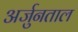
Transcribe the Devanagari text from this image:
अर्जुनताल